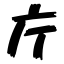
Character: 庁